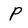
Character: p